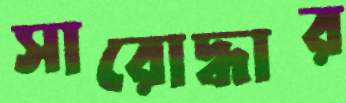
সারোদ্ধার